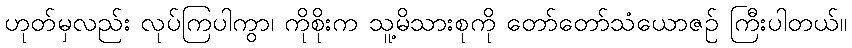
ဟုတ်မှလည်း လုပ်ကြပါကွာ၊ ကိုစိုးက သူ့မိသားစုကို တော်တော်သံယောဇဉ် ကြီးပါတယ်။